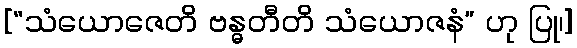
[“သံယောဇေတိ ဗန္ဓတီတိ သံယောဇနံ” ဟု ပြု၊]